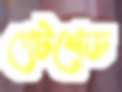
গেটশেড